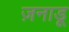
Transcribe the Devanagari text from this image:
ज़नाडू